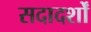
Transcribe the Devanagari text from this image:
सदादर्शों